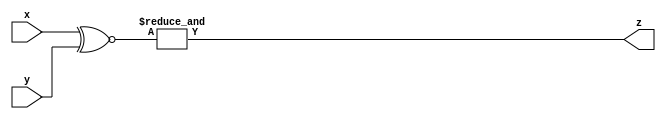
 module Comparator2
(
 input wire [3:0] x,y,
 output wire z
);
 assign z = &((x ~^y ));
endmodule